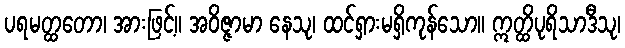
ပရမတ္ထတော၊ အားဖြင့်။ အဝိဇ္ဇာမာ နေသု၊ ထင်ရှားမရှိကုန်သော။ ဣတ္ထိပုရိသာဒီသု၊